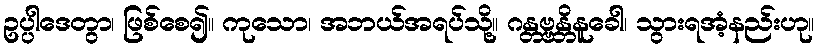
ဥပ္ပါဒေတွာ၊ ဖြစ်စေ၍။ ကုသော၊ အဘယ်အရပ်သို့။ ဂန္တဗ္ဗန္တိနူခေါ၊ သွားရအံ့နည်းဟု။